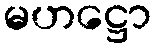
မဟဋ္ဌော